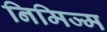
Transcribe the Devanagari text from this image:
निमिज्म